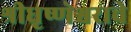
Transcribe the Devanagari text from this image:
श्रीधृष्णेश्वराचे